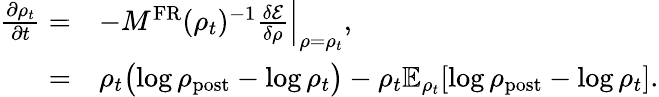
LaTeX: \begin{array}{rl}{\frac{\partial\rho_{t}}{\partial t}=}&{-M^{\mathrm{FR}}(\rho_{t})^{-1}\frac{\delta\mathcal{E}}{\delta\rho}\Bigr|_{\rho=\rho_{t}},}\\ {=}&{\rho_{t}\bigl(\log\rho_{\mathrm{post}}-\log\rho_{t}\bigr)-\rho_{t}\mathbb{E}_{\rho_{t}}[\log\rho_{\mathrm{post}}-\log\rho_{t}].}\end{array}